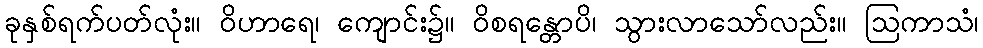
ခုနှစ်ရက်ပတ်လုံး။ ဝိဟာရေ၊ ကျောင်း၌။ ဝိစရန္တောပိ၊ သွားလာသော်လည်း။ ဩကာသံ၊